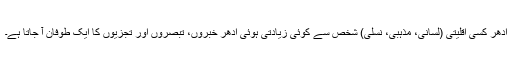
ادھر کسی اقلیتی (لسانی، مذہبی، نسلی) شخص سے کوئی زیادتی ہوئی ادھر خبروں، تبصروں اور تجزیوں کا ایک طوفان آ جاتا ہے۔